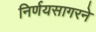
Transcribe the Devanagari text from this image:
निर्णयसागरने